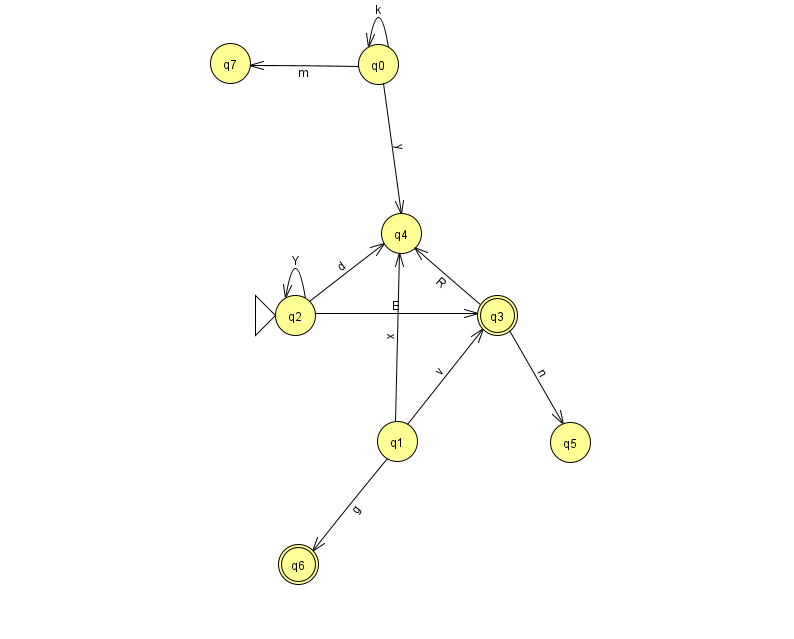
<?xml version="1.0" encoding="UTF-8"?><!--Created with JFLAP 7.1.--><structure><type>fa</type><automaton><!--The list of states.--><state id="0" name="q0"><x>378.0</x><y>51.0</y></state><state id="1" name="q1"><x>397.0</x><y>428.0</y></state><state id="2" name="q2"><x>295.0</x><y>302.0</y><initial/></state><state id="3" name="q3"><x>497.0</x><y>302.0</y><final/></state><state id="4" name="q4"><x>401.0</x><y>220.0</y></state><state id="5" name="q5"><x>570.0</x><y>429.0</y></state><state id="6" name="q6"><x>298.0</x><y>551.0</y><final/></state><state id="7" name="q7"><x>230.0</x><y>50.0</y></state><!--The list of transitions.--><transition><from>2</from><to>3</to><read>E</read></transition><transition><from>0</from><to>4</to><read>y</read></transition><transition><from>1</from><to>3</to><read>v</read></transition><transition><from>2</from><to>2</to><read>Y</read></transition><transition><from>3</from><to>4</to><read>R</read></transition><transition><from>0</from><to>0</to><read>k</read></transition><transition><from>0</from><to>7</to><read>m</read></transition><transition><from>1</from><to>4</to><read>x</read></transition><transition><from>3</from><to>5</to><read>n</read></transition><transition><from>1</from><to>6</to><read>g</read></transition><transition><from>2</from><to>4</to><read>d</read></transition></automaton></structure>